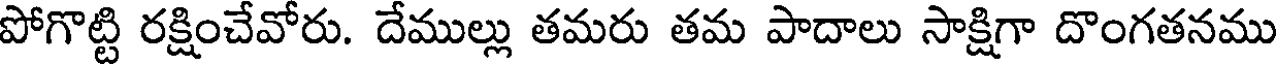
పోగొట్టి రక్షించేవోరు. దేముల్లు తమరు తమ పాదాలు సాక్షిగా దొంగతనము